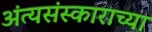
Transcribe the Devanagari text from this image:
अंत्यसंस्काराच्या